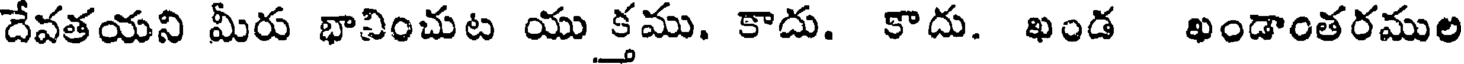
దేవతయని మీరు భావించుట యు క్తము. కాదు. కాదు. ఖండ ఖండాంతరముల